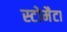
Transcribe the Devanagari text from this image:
स्टोमैटा